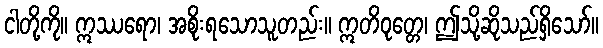
ငါတို့ကို။ ဣဿရော၊ အစိုးရသောသူတည်း။ ဣတိဝုတ္တေ၊ ဤသို့ဆိုသည်ရှိသော်။